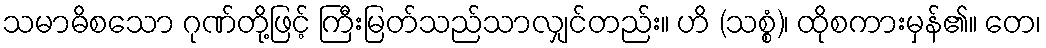
သမာဓိစသော ဂုဏ်တို့ဖြင့် ကြီးမြတ်သည်သာလျှင်တည်း။ ဟိ (သစ္စံ)၊ ထိုစကားမှန်၏။ တေ၊